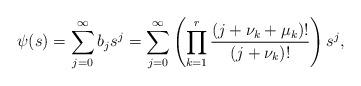
LaTeX: \begin{align*} \psi(s) = \sum_{j=0}^{\infty} b_j s^j = \sum_{j=0}^{\infty} \left( \prod_{k=1}^r \frac{(j+\nu_k+ \mu_k)!}{(j+\nu_k)!} \right) s^j,\end{align*}